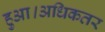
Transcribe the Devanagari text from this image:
हुआ।अधिकतर